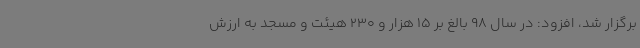
برگزار شد، افزود: در سال 98 بالغ بر 15 هزار و 230 هیئت و مسجد به ارزش